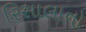
રિસાલાનો